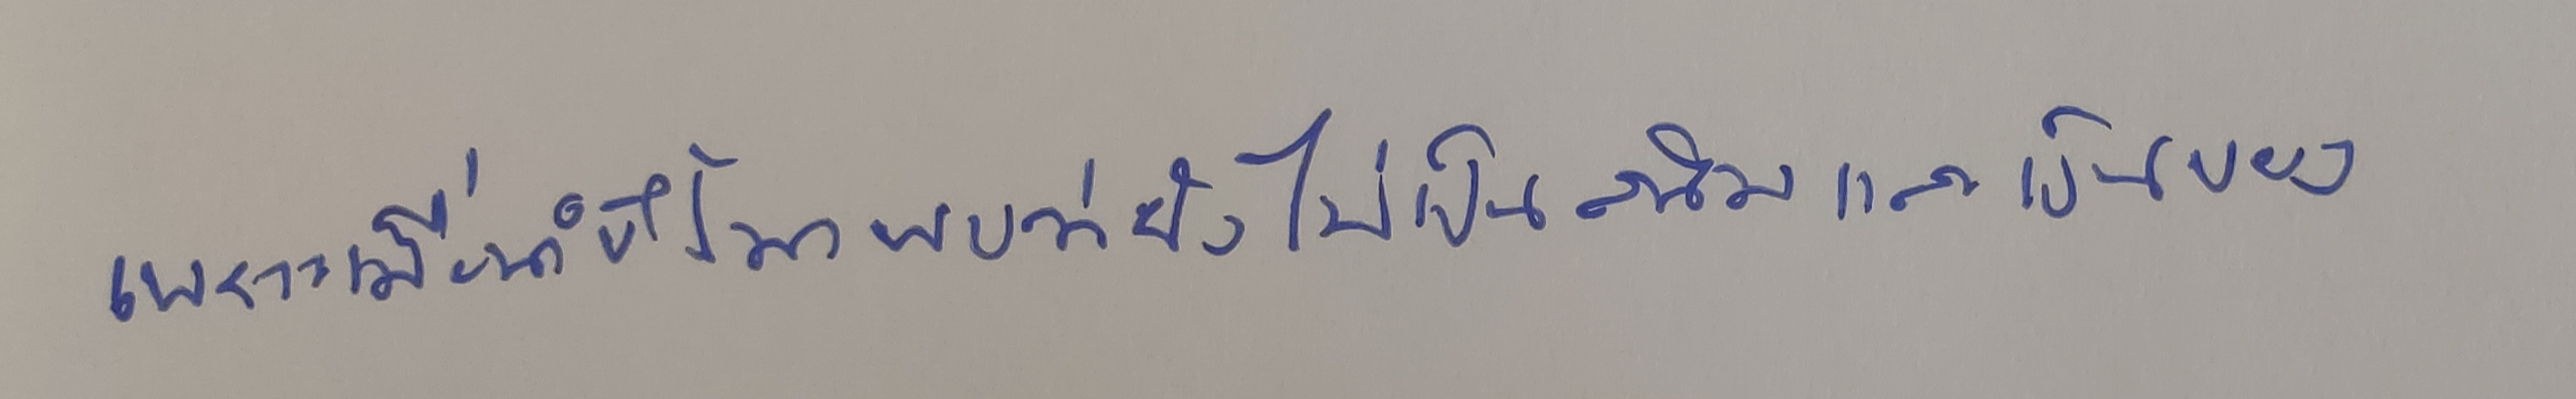
เพราะเมื่อนำขึ้นมาพบว่ายังไม่เป็นสนิมและเป็นของ